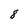
Character: 8